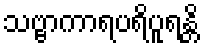
သဗ္ဗာကာရပရိပူရန္တိ